Vaccination in Bombay 1924-1928 - 1924-1928
Year: 1924
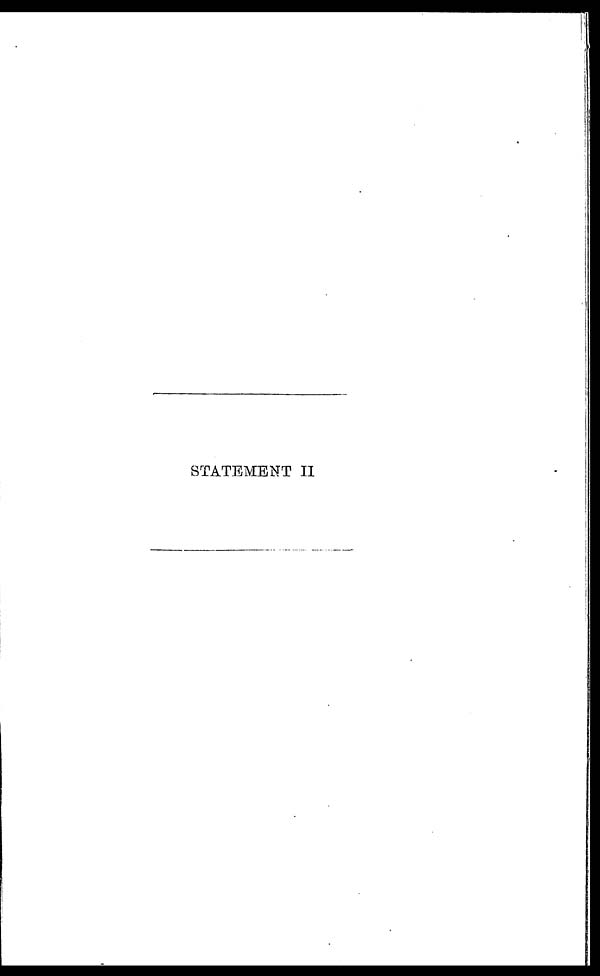
STATEMENT II